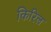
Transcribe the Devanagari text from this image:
किरिल